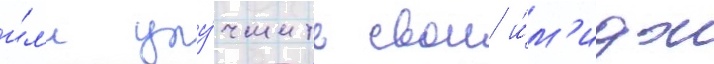
и́л'и улу́чшить свои и́м'идж